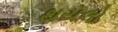
થયલો